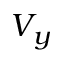
V _ { y }